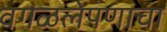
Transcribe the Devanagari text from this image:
वगळलेपणाचा